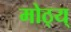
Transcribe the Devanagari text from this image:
मोठ्य्